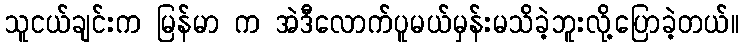
သူငယ်ချင်းက မြန်မာ က အဲဒီလောက်ပူမယ်မှန်းမသိခဲ့ဘူးလို့ပြောခဲ့တယ်။